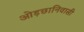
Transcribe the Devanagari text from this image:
ओड़छानिवासी